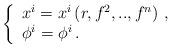
LaTeX: \begin{align*}\left\{\begin{array}{l}x^i=x^i\left( r,f^2,..,f^n\right) \,, \\\phi ^i=\phi ^i \,.\end{array}\right.\end{align*}